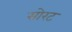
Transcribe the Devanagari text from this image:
सोरट